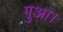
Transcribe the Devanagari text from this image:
गुआ।